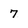
Character: 7